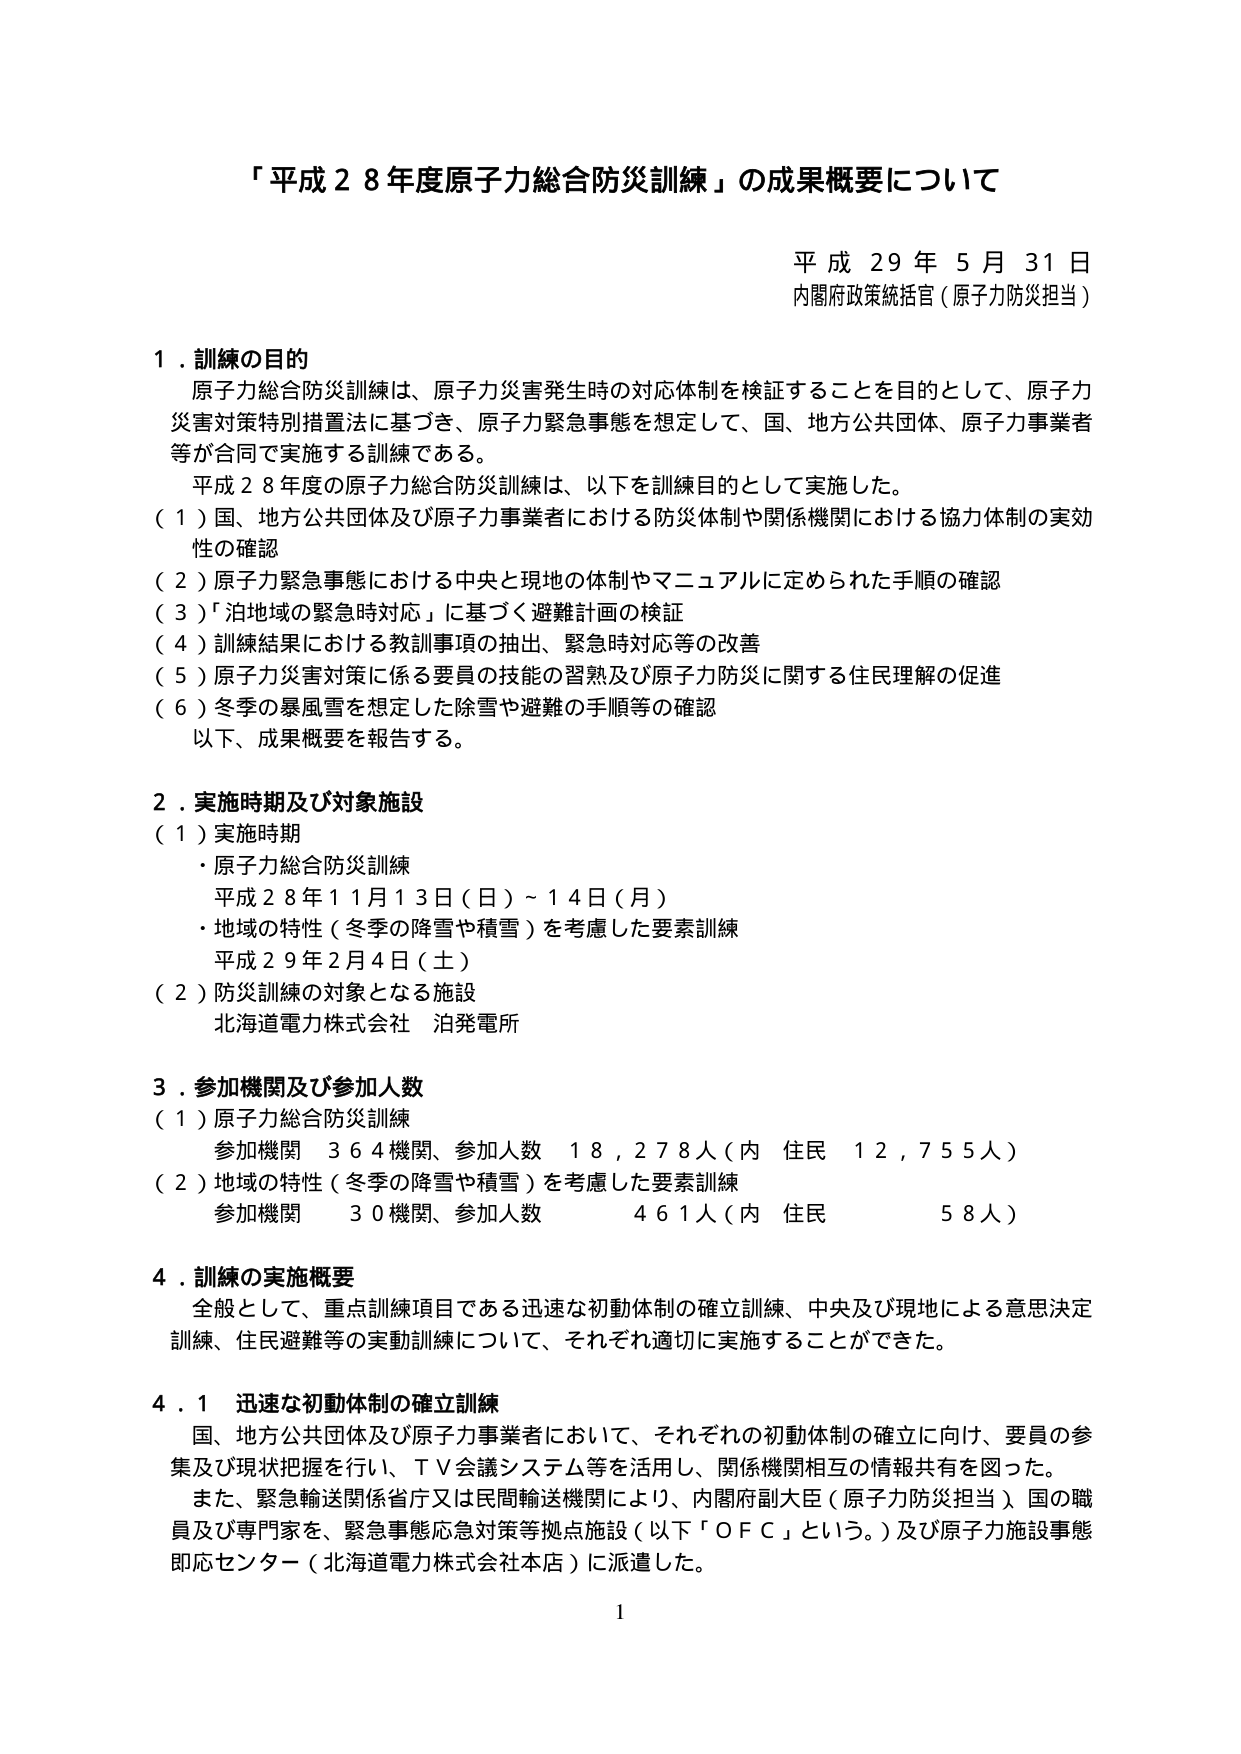
「平成２８年度原子力総合防災訓練」の成果概要について

平成２９年５月３１日
内閣府政策統括官（原子力防災担当）

１．訓練の目的
原子力総合防災訓練は、原子力災害発生時の対応体制を検証することを目的として、原子力災害対策特別措置法に基づき、原子力緊急事態を想定して、国、地方公共団体、原子力事業者等が合同で実施する訓練である。
平成２８年度の原子力総合防災訓練は、以下を訓練目的として実施した。
（１）国、地方公共団体及び原子力事業者における防災体制や関係機関における協力体制の実効性の確認
（２）原子力緊急事態における中央と現地の体制やマニュアルに定められた手順の確認
（３）「泊地域の緊急時対応」に基づく避難計画の検証
（４）訓練結果における教訓事項の抽出、緊急時対応等の改善
（５）原子力災害対策に係る要員の技能の習熟及び原子力防災に関する住民理解の促進
（６）冬季の暴風雪を想定した除雪や避難の手順等の確認
以下、成果概要を報告する。

２．実施時期及び対象施設
（１）実施時期
・原子力総合防災訓練
　平成２８年１１月１３日（日）～１４日（月）
・地域の特性（冬季の降雪や積雪）を考慮した要素訓練
　平成２９年２月４日（土）
（２）防災訓練の対象となる施設
　北海道電力株式会社 泊発電所

３．参加機関及び参加人数
（１）原子力総合防災訓練
　参加機関　３６４機関、参加人数　１８，２７８人（内　住民　１２，７５５人）
（２）地域の特性（冬季の降雪や積雪）を考慮した要素訓練
　参加機関　３０機関、参加人数　４６１人（内　住民　５８人）

４．訓練の実施概要
全般として、重点訓練項目である迅速な初動体制の確立訓練、中央及び現地による意思決定訓練、住民避難等の実動訓練について、それぞれ適切に実施することができた。

４．１　迅速な初動体制の確立訓練
国、地方公共団体及び原子力事業者において、それぞれの初動体制の確立に向け、要員の参集及び現状把握を行い、ＴＶ会議システム等を活用し、関係機関相互の情報共有を図った。
また、緊急輸送関係省庁又は民間輸送機関により、内閣府副大臣（原子力防災担当）、国の職員及び専門家を、緊急事態応急対策等拠点施設（以下「ＯＦＣ」という。）及び原子力施設事態即応センター（北海道電力株式会社本店）に派遣した。

1